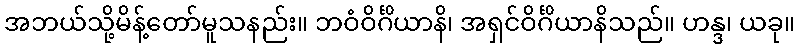
အဘယ်သို့မိန့်တော်မူသနည်း။ ဘဝံဝိင်္ဂိယာနိ၊ အရှင်ဝိင်္ဂိယာနိသည်။ ဟန္ဒ၊ ယခု။